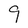
Character: g